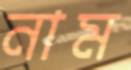
নাম